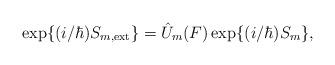
LaTeX: \begin{align*}{\rm exp}\{ (i/ \hbar) S_{m, {\rm ext}} \} = \hat{U}_m(F)\, {\rm exp}\{ (i/ \hbar) S_m \},\end{align*}